system: You are a helpful assistant.
user:
Analyze the provided spectrum to determine if it is a **Carbon Star (C-type)**.

- **Key Visual Indicators of Carbon Star:**
    - **(Primary):** Strong molecular absorption from **C₂ (diatomic carbon) "Swan Bands."** This is the **defining feature** of a carbon star.
        - **(Key Bandheads):** Sharp absorption edges are visible at approximately $5635$ Å, $5165$ Å (the strongest band), and $4737$ Å.
        - **(Line Profile):** Creates a distinct **"saw-tooth"** pattern. The key morphology is a sharp, steep bandhead on the **red (long-wavelength) side**, which then gradually tapers off (i.e., flux recovers) towards the **blue (short-wavelength) side**. *(This is the direct opposite of the TiO bands seen in M-type stars)*.

    - **(Secondary):** Intense **CN (cyanogen)** molecular absorption bands.
        - **(Key Bandheads):** Located in the blue and violet regions of the spectrum (e.g., near $4215$ Å and $3883$ Å).
        - **(Morphology):** These bands are extremely broad and act as a "blanket," absorbing the vast majority of blue and violet light. This creates a characteristic **"cliff"** or **"steep drop-off"** in the spectrum's flux at short wavelengths.

    - **(Key Confirmation):** Strong **CH absorption band (G-band)**.
        - **(Key Bandhead):** Located around $4300$ Å. The contribution from CH molecules to this band is exceptionally strong.

    - **(Overall Spectrum):**
        - The continuum is severely "chopped up" by these deep molecular bands, especially C₂, rather than appearing as a smooth curve.
        - Due to the heavy CN and C₂ absorption in the blue-green, the vast majority of the star's flux is concentrated in the red part of the spectrum, giving the star its characteristic deep red color.

Think first, call **spectral_visualization_tool** if needed to examine features in detail, then provide your final answer. Your response must adhere to the following strict rules:
1.  **Overall Structure:** Your response must follow the format `<think>...</think> <tool_call>...</tool_call> (if a tool is used) <answer>...</answer>`.
2.  **Tool Usage Constraint:** You may only make **one** tool call per turn.
3.  **Final Answer Format:** In the `<answer>` tag, your conclusion must be inside a `\boxed{}` command (e.g., `\boxed{YES}`), followed by your justification.

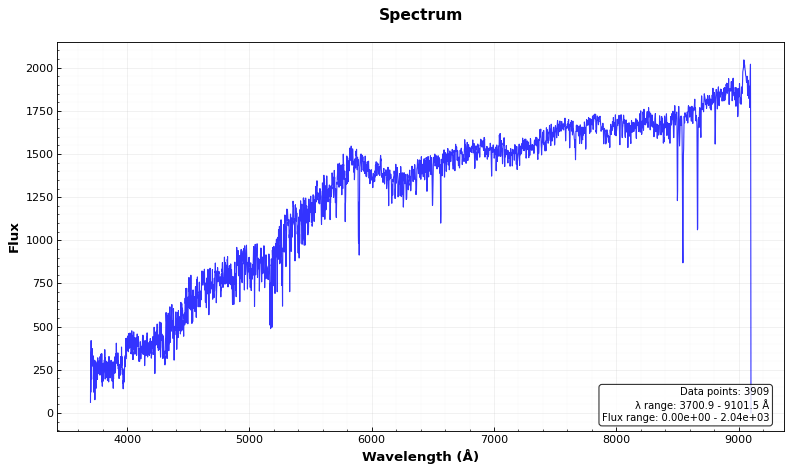
Answer: NO